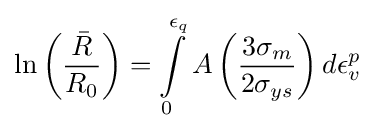
\ln \left({\frac {\bar {R}}{R_{0}}}\right)=\int \limits _{0}^{\epsilon _{q}}A\left({\frac {3\sigma _{m}}{2\sigma _{ys}}}\right)d\epsilon _{v}^{p}